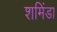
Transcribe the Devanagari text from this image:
शमिंडा